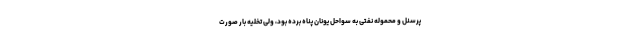
پرسنل و محموله نفتی به سواحل یونان پناه برده بود، ولی تخلیه بار صورت